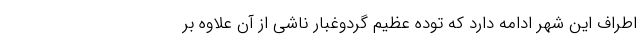
اطراف این شهر ادامه دارد که توده عظیم گردوغبار ناشی از آن علاوه بر